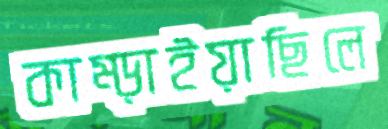
কাম্‌ড়াইয়াছিলে